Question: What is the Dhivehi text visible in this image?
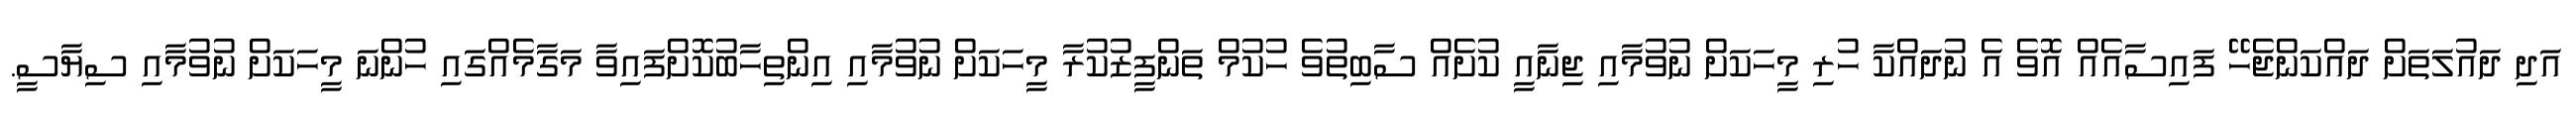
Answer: އަދި ދައުލަތަށް ދައްކަންޖެހޭ ފައިސާއެއް އޮވެ އެ ނުދައްކާ ހުރި މީހަކަށް ނުވުމާއި ޖިނާއީ ކުށެއް ސާބިތުވެ ހުކުމް ތަންފީޒުކުރާ މީހަކަށް ނުވުމާއި އިންތިހާބުކޮށްފައިވާ މަގާމެއްގައި ހުންނަ މީހަކަށް ނުވުމާއި ސިޔާސީ.